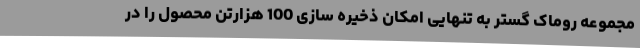
مجموعه روماک گستر به تنهایی امکان ذخیره سازی 100 هزارتن محصول را در